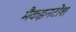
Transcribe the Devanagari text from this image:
मैकइनटोश